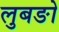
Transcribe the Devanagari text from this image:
लुबङो